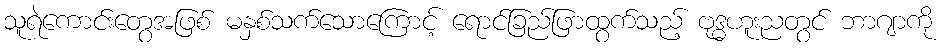
သူရဲကောင်းတွေအဖြစ် မနှစ်သက်သောကြောင့် ရောင်ခြည်ဖြာထွက်သည့် ဗုဒ္ဓဟူးညတွင် ဘာဂျာကို